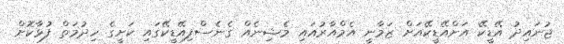
ޖުނައިދު އޭޑީކޭ އަށްއޭޑީކޭއަށް ޒަމާނީ އެމްއާރުއައި މެޝިނެއް ގެނެސްފިއޭޑީކޭގައި ކަށީގެ ހިދުމަތް ފުޅާކޮށް